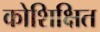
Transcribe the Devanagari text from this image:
कोशिक्षित